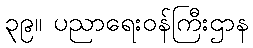
၃၉။ ပညာရေးဝန်ကြီးဌာန